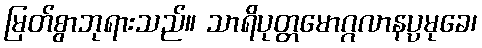
မြတ်စွာဘုရားသည်။ သာရိပုတ္တမောဂ္ဂလာနပ္ပမုခေ၊